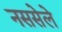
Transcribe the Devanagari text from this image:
नससेले